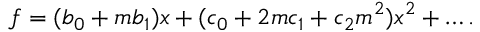
f = ( b _ { 0 } + m b _ { 1 } ) x + ( c _ { 0 } + 2 m c _ { 1 } + c _ { 2 } m ^ { 2 } ) x ^ { 2 } + \dots .